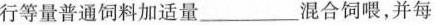
行等量普通饲料加适量______混合饲喂，并每